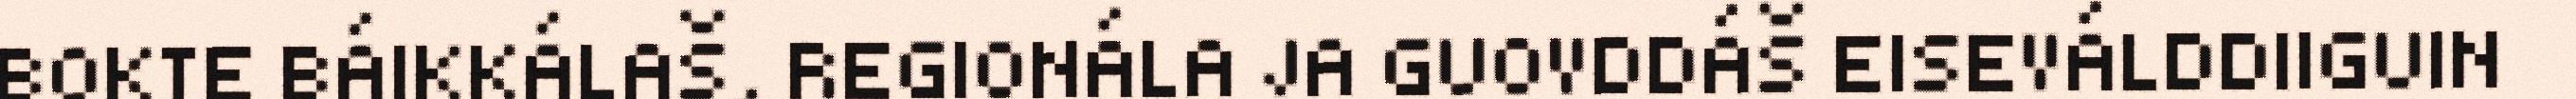
BOKTE BÁIKKÁLAŠ, REGIONÁLA JA GUOVDDÁŠ EISEVÁLDDIIGUIN